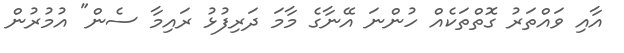
އާއި ވައްތަރު ގޮތްތަކެއް ހުންނަ އޭނާގެ މާމަ ދަރިފުޅު ރައިމާ ސެން" އުމުރުން